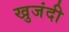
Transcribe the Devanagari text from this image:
खुजंदी